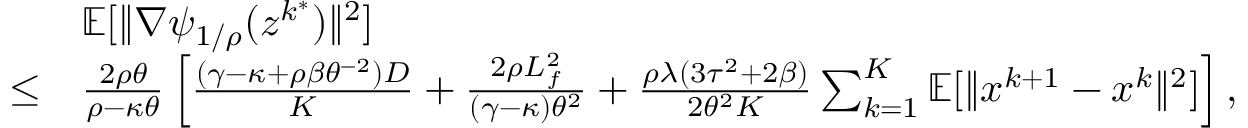
\begin{array} { r l } & { \mathbb { E } [ \| \nabla \psi _ { 1 / \rho } ( z ^ { k ^ { \ast } } ) \| ^ { 2 } ] } \\ { \leq } & { \frac { 2 \rho \theta } { \rho - \kappa \theta } \left[ \frac { ( \gamma - \kappa + \rho \beta \theta ^ { - 2 } ) D } { K } + \frac { 2 \rho L _ { f } ^ { 2 } } { ( \gamma - \kappa ) \theta ^ { 2 } } + \frac { \rho \lambda ( 3 \tau ^ { 2 } + 2 \beta ) } { 2 \theta ^ { 2 } K } \sum _ { k = 1 } ^ { K } \mathbb { E } [ \| x ^ { k + 1 } - x ^ { k } \| ^ { 2 } ] \right] , } \end{array}